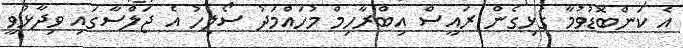
އެ ކަންބޮޑުވުމާ ގުޅިގެން ރައީސް އިބްރާހިމް މުހައްމަދު ސޯލިހު އެ ޖަލްސާގައި ވިދާޅުވީ